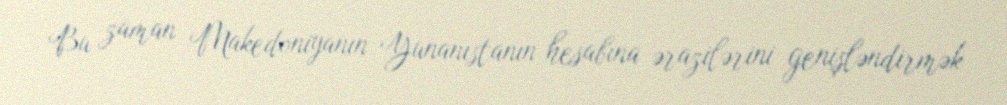
Bu zaman Makedoniyanın Yunanıstanın hesabına ərazilərini genişləndirmək